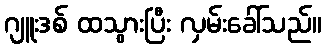
ဂျူးဒစ် ထသွားပြီး လှမ်းခေါ်သည်။